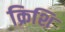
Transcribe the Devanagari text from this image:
क्रिशि